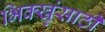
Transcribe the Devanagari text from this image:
भिक्खुंसाठी